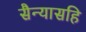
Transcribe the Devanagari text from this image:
सैन्यासहि